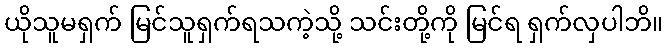
ယိုသူမရှက် မြင်သူရှက်ရသကဲ့သို့ သင်းတို့ကို မြင်ရ ရှက်လှပါဘိ။